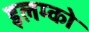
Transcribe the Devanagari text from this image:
इलम्को